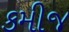
કમીજ